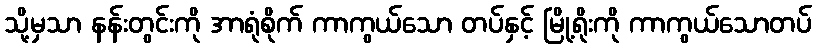
သို့မှသာ နန်းတွင်းကို အာရုံစိုက် ကာကွယ်သော တပ်နှင့် မြို့ရိုးကို ကာကွယ်သောတပ်